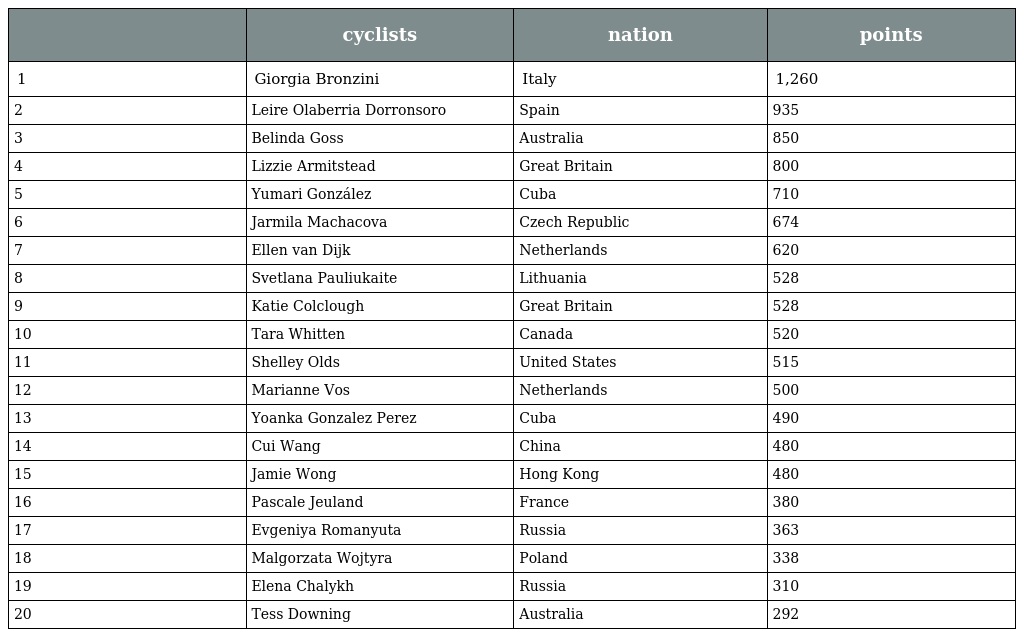
|  | cyclists | nation | points |
 | --- | --- | --- | --- |
 | 1 | Giorgia Bronzini | Italy | 1,260 |
 | 2 | Leire Olaberria Dorronsoro | Spain | 935 |
 | 3 | Belinda Goss | Australia | 850 |
 | 4 | Lizzie Armitstead | Great Britain | 800 |
 | 5 | Yumari González | Cuba | 710 |
 | 6 | Jarmila Machacova | Czech Republic | 674 |
 | 7 | Ellen van Dijk | Netherlands | 620 |
 | 8 | Svetlana Pauliukaite | Lithuania | 528 |
 | 9 | Katie Colclough | Great Britain | 528 |
 | 10 | Tara Whitten | Canada | 520 |
 | 11 | Shelley Olds | United States | 515 |
 | 12 | Marianne Vos | Netherlands | 500 |
 | 13 | Yoanka Gonzalez Perez | Cuba | 490 |
 | 14 | Cui Wang | China | 480 |
 | 15 | Jamie Wong | Hong Kong | 480 |
 | 16 | Pascale Jeuland | France | 380 |
 | 17 | Evgeniya Romanyuta | Russia | 363 |
 | 18 | Malgorzata Wojtyra | Poland | 338 |
 | 19 | Elena Chalykh | Russia | 310 |
 | 20 | Tess Downing | Australia | 292 |